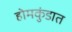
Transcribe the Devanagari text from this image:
होमकुंडात